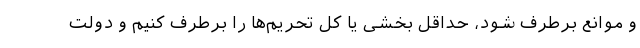
و موانع برطرف شود، حداقل بخشی یا کل تحریم‌ها را برطرف کنیم و دولت